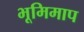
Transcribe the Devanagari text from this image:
भूमिमाप